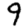
Digit: 9